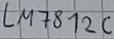
Text: LM78126